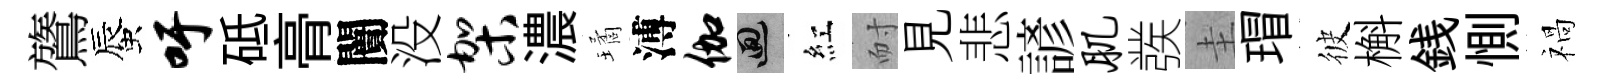
鷟蜃吁砥𮌔闠没架濃璚溥伽回紅耐見悲諺肌彂圭瑁彼槲銭惻禍